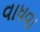
વાધવા